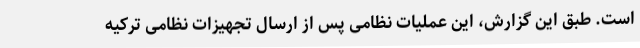
است. طبق این گزارش، این عملیات نظامی پس از ارسال تجهیزات نظامی ترکیه